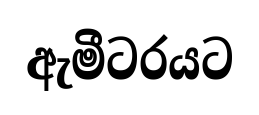
ඇමීටරයට